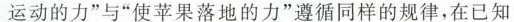
运动的力”与“使苹果落地的力”遵循同样的规律，在已知